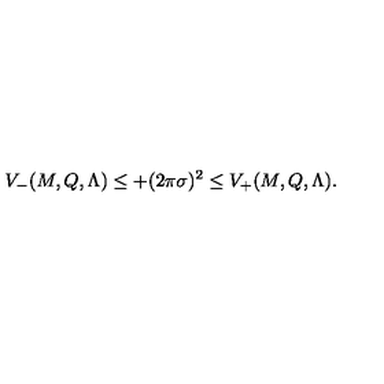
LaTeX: V _ { - } ( M , Q , \Lambda ) \leq + ( 2 \pi \sigma ) ^ { 2 } \leq V _ { + } ( M , Q , \Lambda ) .